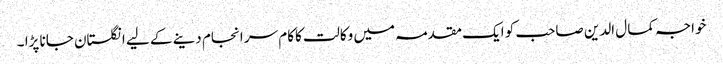
خواجہ کمال الدین صاحب کو ایک مقدمہ میں وکالت کاکام سر انجام دینے کے لیے انگلستان جانا پڑا ۔